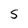
Character: S